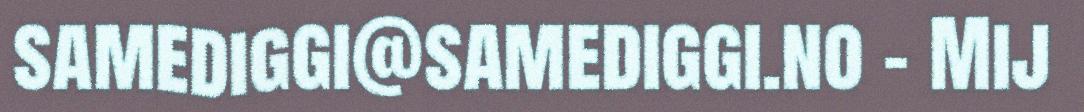
samediggi@samediggi.no – Mij